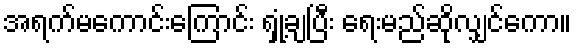
အရက်မကောင်းကြောင်း ရှုံ့ချပြီး ရေးမည်ဆိုလျှင်ကော။